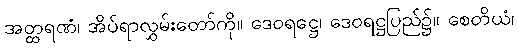
အတ္ထရဏံ၊ အိပ်ရာလွှမ်းတော်ကို။ ဒေဝရဋ္ဌေ၊ ဒေဝရဋ္ဌပြည်၌။ စေတိယံ၊